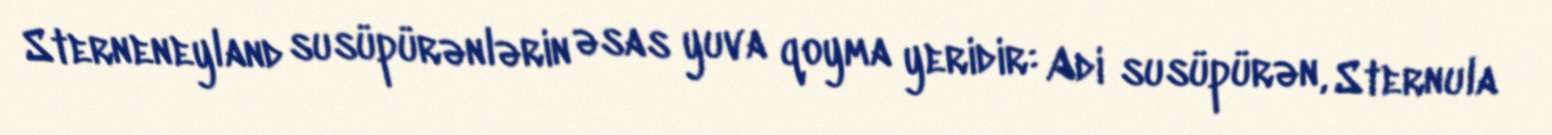
Sterneneyland susüpürənlərin əsas yuva qoyma yeridir: Adi susüpürən, Sternula